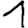
Digit: 1